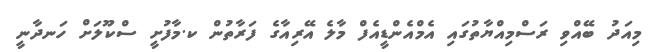
މިއަދު ބޭއްވި ރަސްމިއްޔާތުގައި އެމްއެންޑީއެފް މާލެ އޭރިއާގެ ފަރާތުން ކ.މާފުށީ ސްކޫލަށް ހަނދާނީ